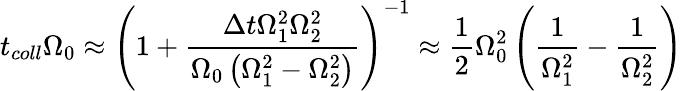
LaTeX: t_{coll}\Omega_{0}\approx\left(1+\frac{{\Delta t}\Omega_{1}^{2}\Omega_{2}^{2}}{\Omega_{0}\left(\Omega_{1}^{2}-\Omega_{2}^{2}\right)}\right)^{-1}\approx\frac{1}{2}\Omega_{0}^{2}\left(\frac{1}{\Omega_{1}^{2}}-\frac{1}{\Omega_{2}^{2}}\right)